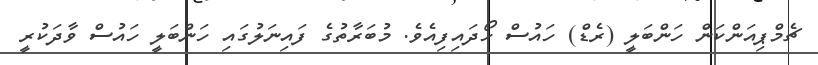
ޗެމްޕިއަންކަން ހަންބަލީ (ރެޑް) ހައުސް ހޯދައިފިއެވެ. މުބަރާތުގެ ފައިނަލުގައި ހަންބަލީ ހައުސް ވާދަކުރީ